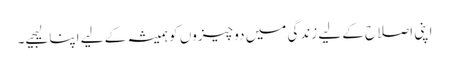
اپنی اصلاح کے لیے زندگی میں دو چیزوں کو ہمیشہ کے لیے اپنا لیجیے۔